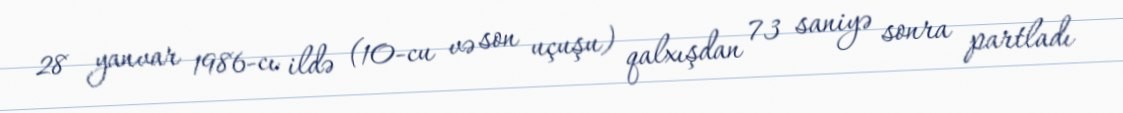
28 yanvar 1986-cı ildə (10-cu və son uçuşu) qalxışdan 73 saniyə sonra partladı